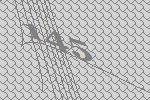
145